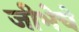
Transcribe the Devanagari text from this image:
जीभेचे